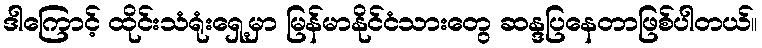
ဒါကြောင့် ထိုင်းသံရုံးရှေ့မှာ မြန်မာနိုင်ငံသားတွေ ဆန္ဒပြနေတာဖြစ်ပါတယ်။